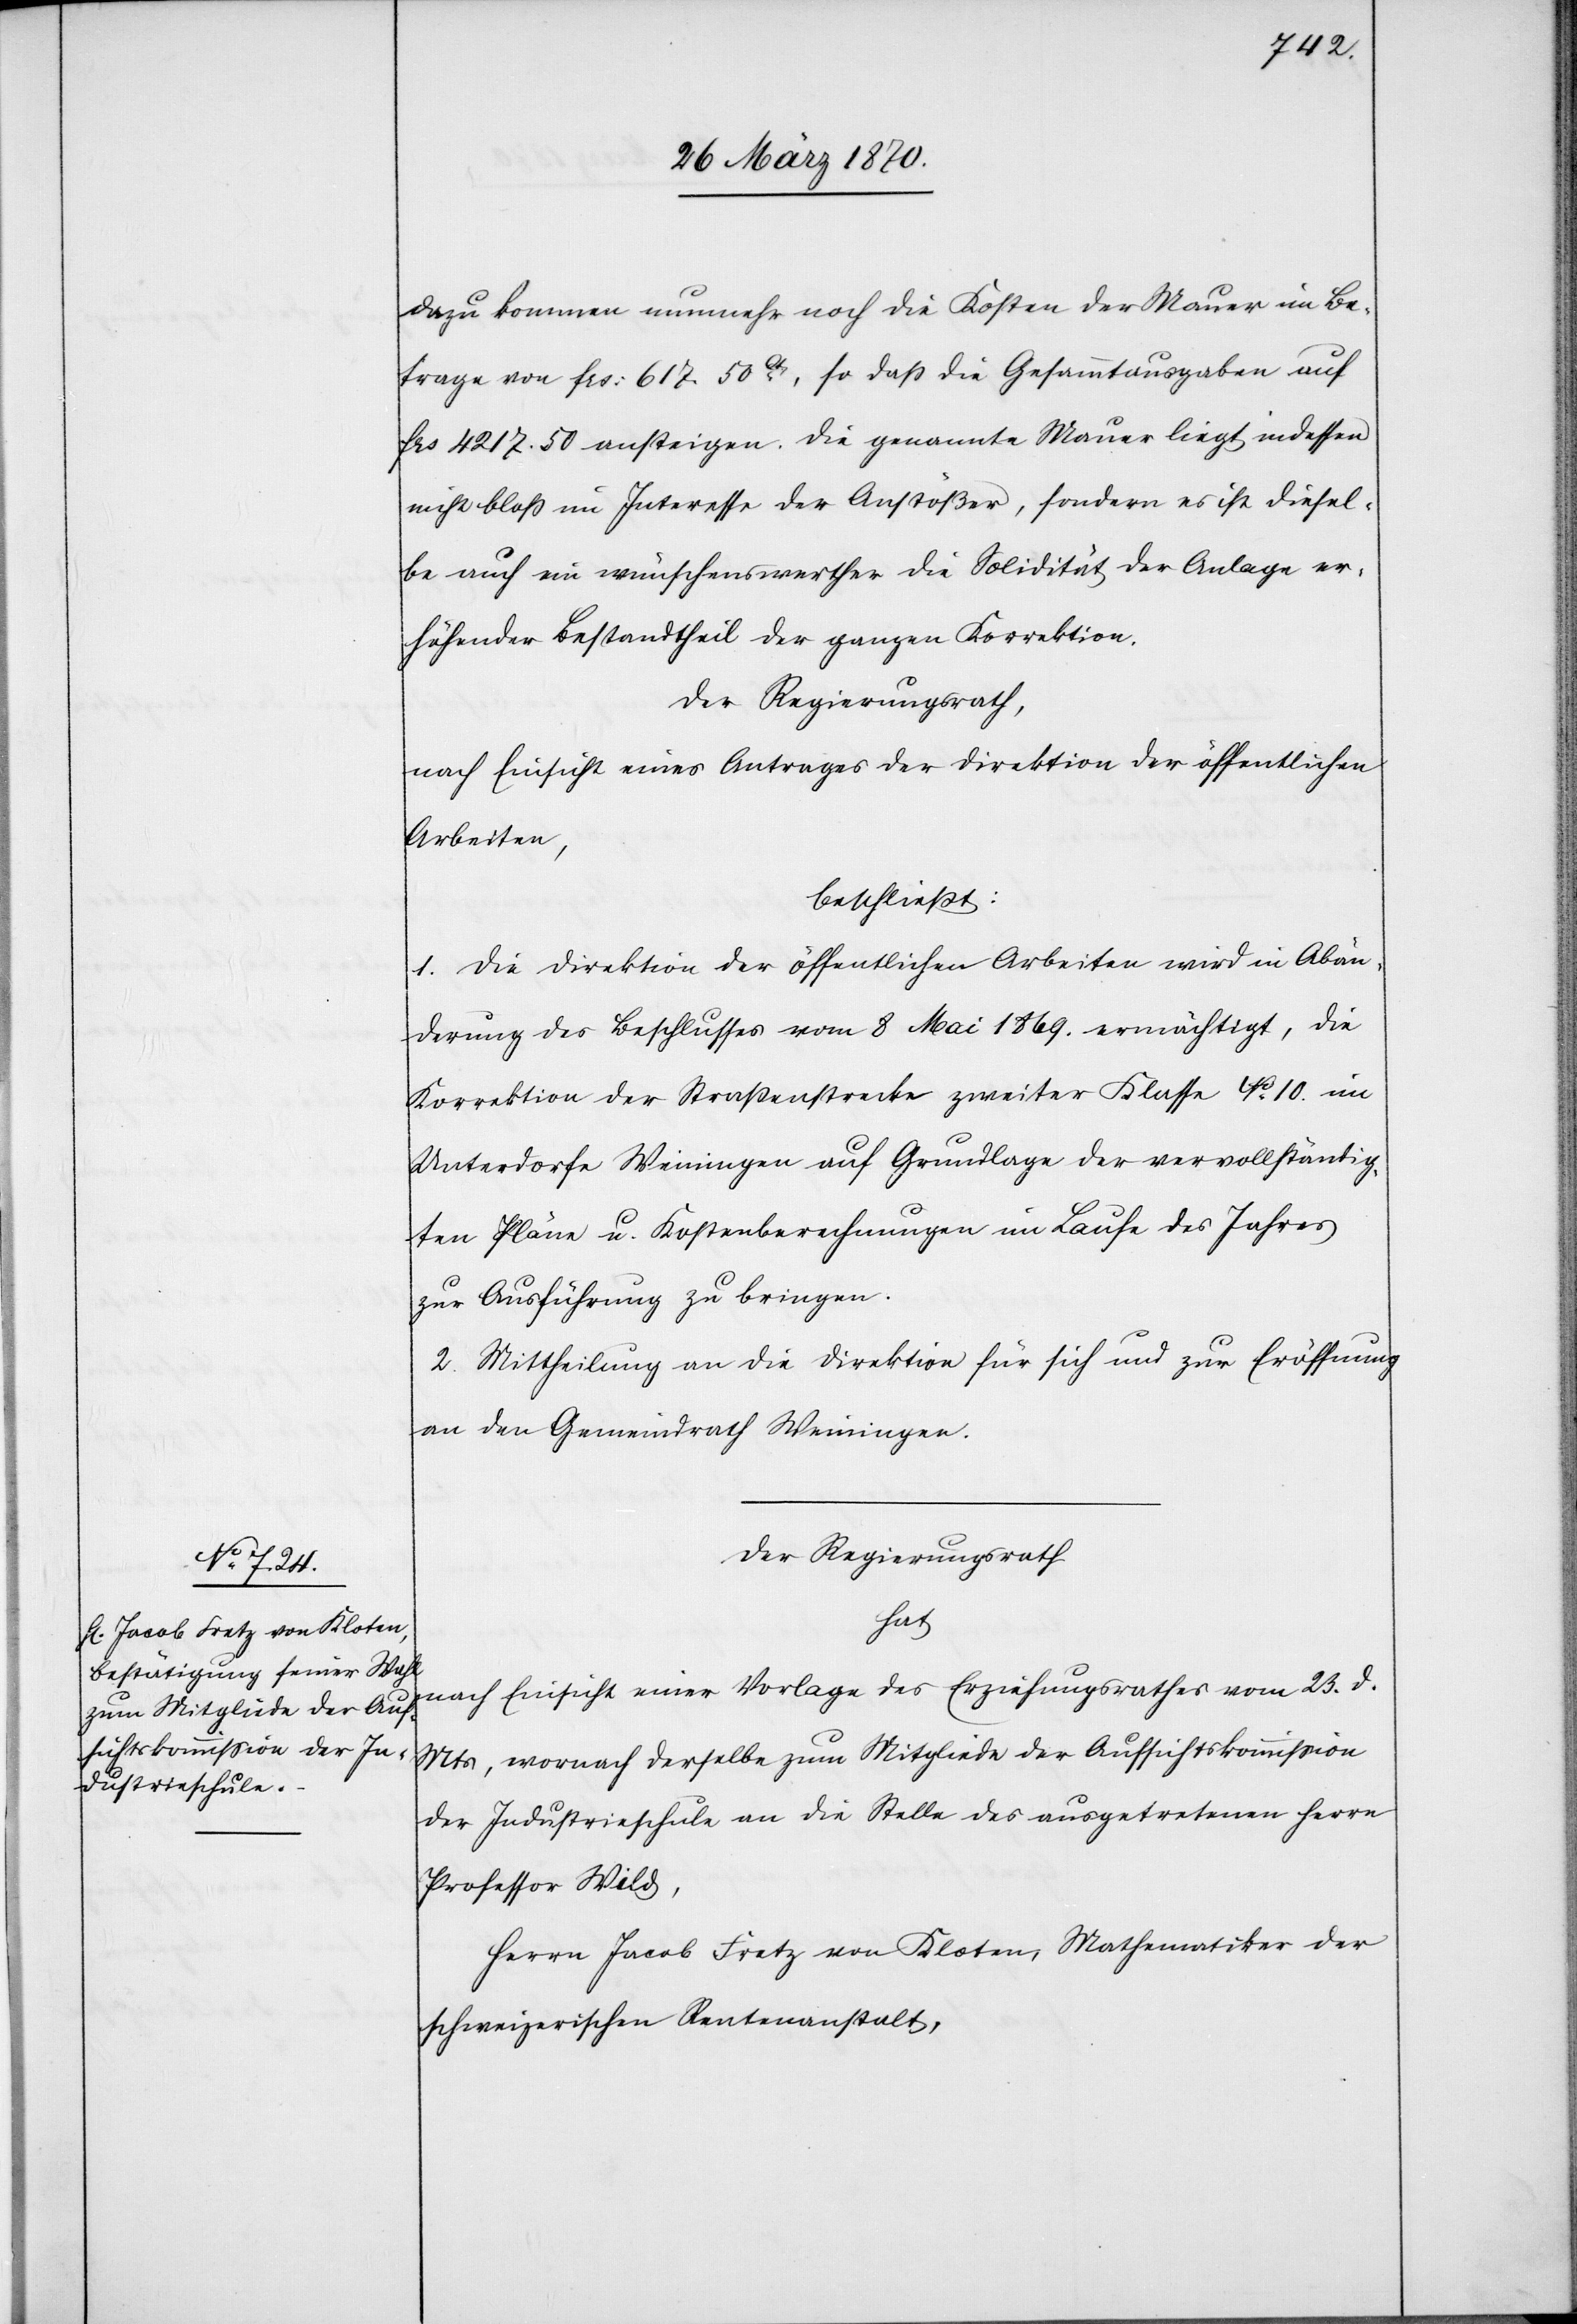
Dazu kommen nunmehr noch die Kosten der Mauer im Be¬
trage von frs: 617. 50 Cts, so daß die Gesammtausgaben auf
frs 4217.50 ansteigen. Die genannte Mauer liegt indessen
nicht bloß im Interesse der Anstößer, sondern es ist diesel¬
be auch ein wünschenswerther die Solidität der Anlage er¬
höhender Bestandtheil der ganzen Korrektion.
Der Regierungsrath,
nach Einsicht eines Antrages der Direktion der öffentlichen
Arbeiten,
beschließt:
1. Die Direktion der öffentlichen Arbeiten wird in Abän¬
derung des Beschlusses vom 8 Mai 1869. ermächtigt, die
Korrektion der Straßenstrecke zweiter Klasse No 10. im
Unterdorfe Weiningen auf Grundlage der vervollständig¬
ten Pläne u. Kostenberechnungen im Laufe des Jahres
zur Ausführung zu bringen.
2. Mittheilung an die Direktion für sich und zur Eröffnung
an den Gemeindrath Weiningen.
Der Regierungsrath
hat
nach Einsicht einer Vorlage des Erziehungsrathes vom 23. d.
Mts, wornach derselbe zum Mitgliede der Aufsichtskommission
der Industrieschule an die Stelle des ausgetretenen Herrn
Professor Wild,
Herrn Jacob Fretz von Kloten, Mathematiker der
schweizerischen Rentenanstalt,